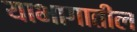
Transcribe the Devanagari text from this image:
याभागातील